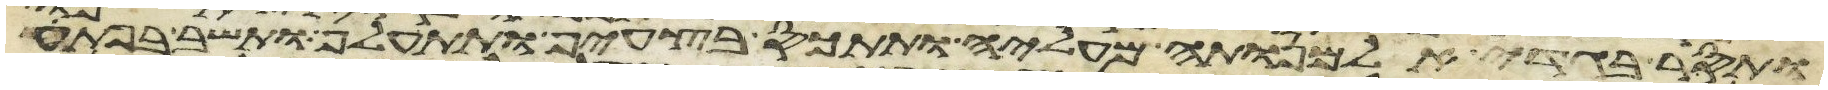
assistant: ותסר בגדי אלמנותה מעליה ותתכס בצעיף ותתעלף ותשב בפתע